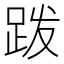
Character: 𫏆